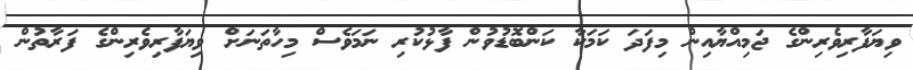
ވިޔަފާރިވެރިންގެ ޖަމިއްޔާއިން މިފަދަ ކަމަކާ ކަންބޮޑުވުން ފާޅުކުރި ނަމަވެސް މިހާތަނަށް ވިޔަފާރިވެރިންގެ ފަރާތުން